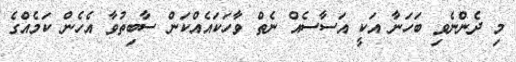
މި ދެންނެވި ބަހަނާ އަކީ އަސާސެއް ނެތް ވާހަކައެއްކަން ސާބިތުވާ އެހެން ކަމެއްގެ